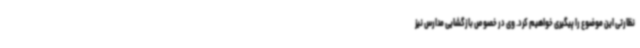
نظارتی این موضوع را پیگیری خواهیم کرد. وی در خصوص بازگشایی مدارس نیز